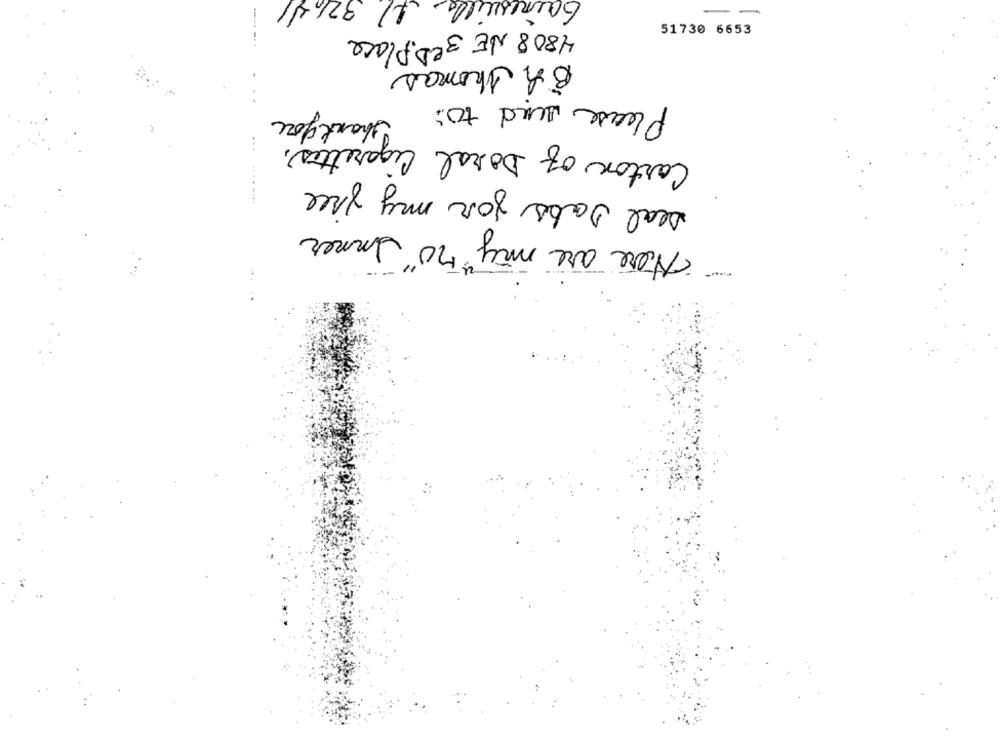
Gainesville Al 32h41
--
4808 NE 3RD Place
51730 6653
Bh Thomas
Please und to:
Thank you
Carton of Doral Cigarettes,
--- .....
seal labs for my free
Here are my no Inner